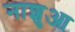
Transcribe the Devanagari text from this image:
नाशुआ